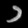
Digit: ၁